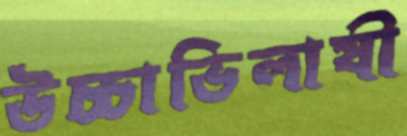
উচ্চাভিলাষী